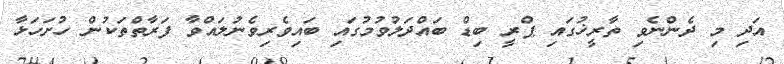
އަދި މި ދެންނެވި ތާރީޚުގައި ޕްރީ ބިޑް ބައްދަލުވުމުގައި ބައިވެރިވެނުލައްވާ ފަރާތްތަކުން ހުށަހަޅާ